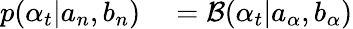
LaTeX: \begin{array}{rl}{p(\alpha_{t}|a_{n},b_{n})}&{{}=\mathcal{B}(\alpha_{t}|a_{\alpha},b_{\alpha})}\end{array}